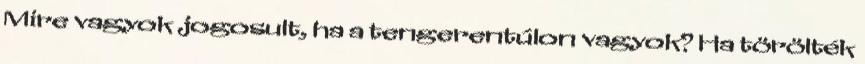
Mire vagyok jogosult, ha a tengerentúlon vagyok? Ha törölték